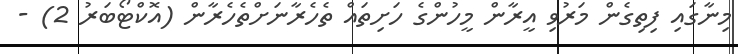
މިނާގައި ފިތިގެން މަރުވި އީރާން މީހުންގެ ހަށިތައް ތެހެރާނަށްތެހެރާން (އޮކްޓޯބަރު 2) -